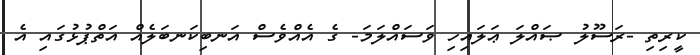
ކީރިތި -ރަސޫލު ޞައްލަ ޢަލައިހި ވަސައްލަމަ- ގެ އެއްވެސް އަނބިކަނބަލެއް އަތްޕުޅުގައި އެ